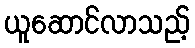
ယူဆောင်လာသည့်